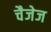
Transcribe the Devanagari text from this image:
चैजेज